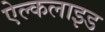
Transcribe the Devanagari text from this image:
ऐल्कलाइड